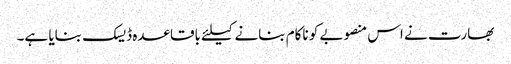
بھارت نے اس منصوبے کو ناکام بنانے کیلئے باقاعدہ ڈیسک بنایا ہے۔